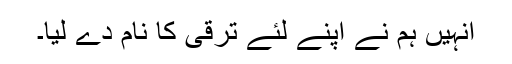
انہیں ہم نے اپنے لئے ترقی کا نام دے لیا۔